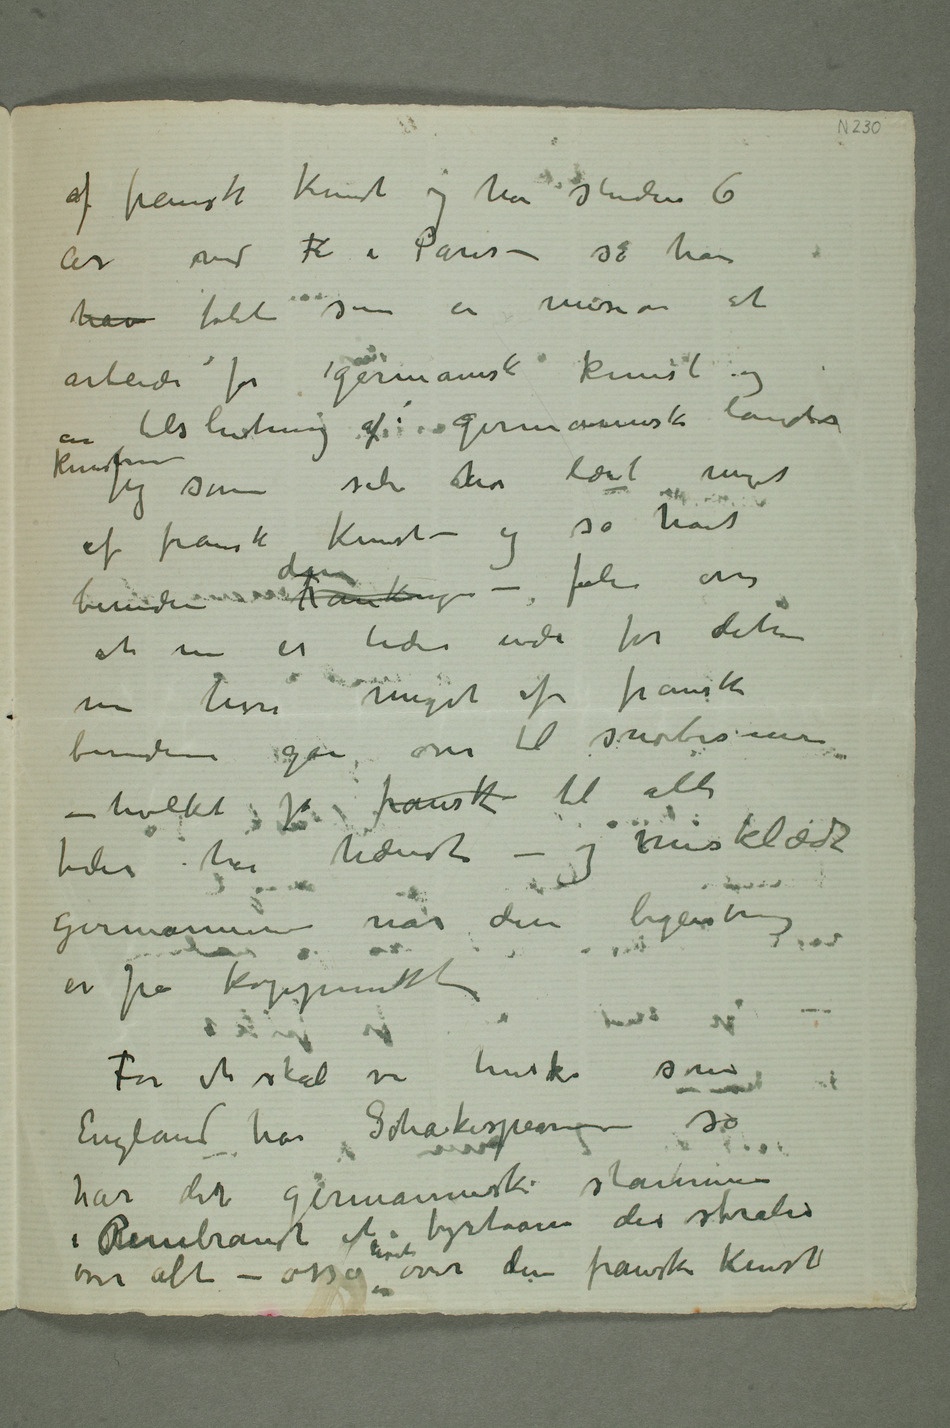
af fransk kunst og har studeret 6
hav følte som en mission at
arbeide for germansk kunst og en
tilslutning af germanske lands
Jeg som selv har lært meget
af fransk kunst – og så havt
beundren Frankrike den – føler osså
at nu er tiden inde for dette
nu lisså meget af fransk
beundren går over til snobisme –
– hvilket jo fransk til alle
tider har hændt – og misklædt
germanerne når deres begeistring
er på kogepunktet
England har Shakespeare så
har den germanske stammen
i Rembrandt et fyrtaarn der stråler
over alt – osså høit over den franske kunst